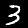
Label: 3